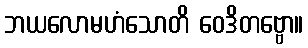
ဘယလောမဟံသောတိ ဝေဒိတဗ္ဗော။